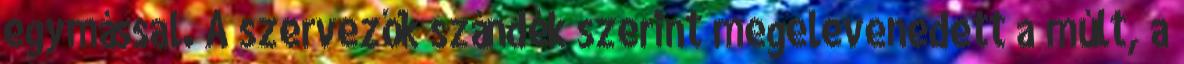
egymással. A szervezők szándék szerint megelevenedett a múlt, a